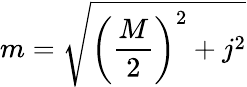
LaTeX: {}m={\sqrt{\left({\frac{M}{2}}\right)^{2}+j^{2}}}